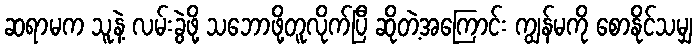
ဆရာမက သူနဲ့ လမ်းခွဲဖို့ သဘောဖို့တူလိုက်ပြီ ဆိုတဲ့အကြောင်း ကျွန်မကို စောနိုင်သမျှ